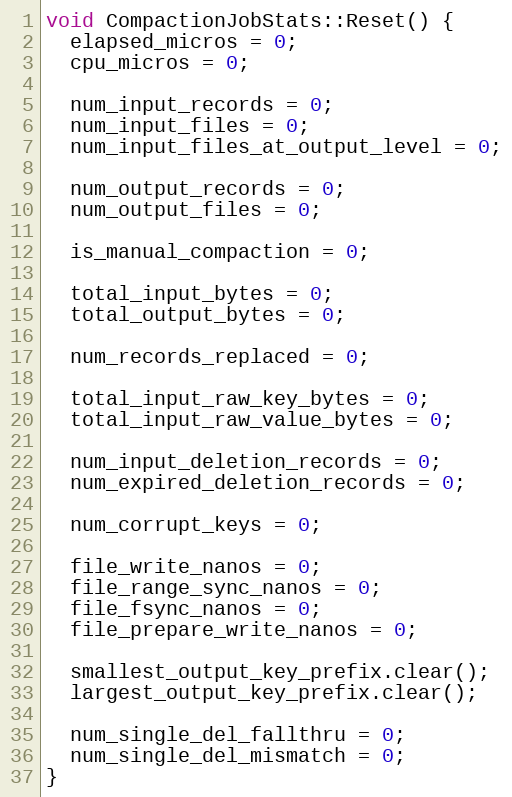
Language: C++
void CompactionJobStats::Reset() {
  elapsed_micros = 0;
  cpu_micros = 0;

  num_input_records = 0;
  num_input_files = 0;
  num_input_files_at_output_level = 0;

  num_output_records = 0;
  num_output_files = 0;

  is_manual_compaction = 0;

  total_input_bytes = 0;
  total_output_bytes = 0;

  num_records_replaced = 0;

  total_input_raw_key_bytes = 0;
  total_input_raw_value_bytes = 0;

  num_input_deletion_records = 0;
  num_expired_deletion_records = 0;

  num_corrupt_keys = 0;

  file_write_nanos = 0;
  file_range_sync_nanos = 0;
  file_fsync_nanos = 0;
  file_prepare_write_nanos = 0;

  smallest_output_key_prefix.clear();
  largest_output_key_prefix.clear();

  num_single_del_fallthru = 0;
  num_single_del_mismatch = 0;
}